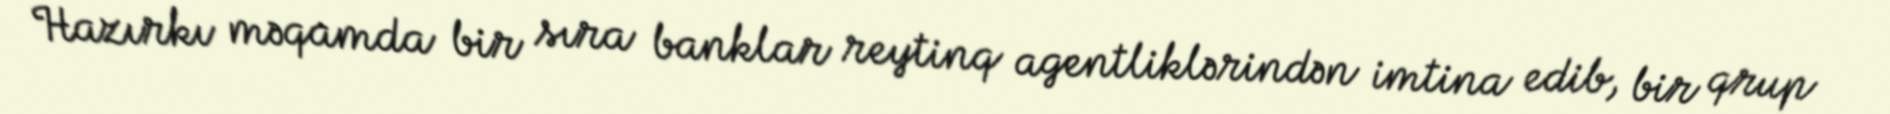
Hazırkı məqamda bir sıra banklar reytinq agentliklərindən imtina edib, bir qrup